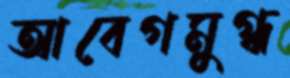
আবেগমুগ্ধ